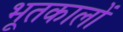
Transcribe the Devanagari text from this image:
भूतकालों